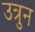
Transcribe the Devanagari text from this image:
उत्रुन